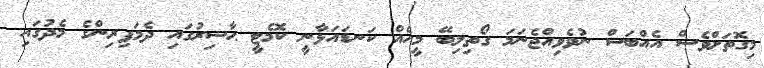
މިގޮތަށްވެސް އެއްބަސް ނުވެވިއްޖެނަމަ ގޯތިލިބޭ މީހެއް ކަނޑައަޅާނީ ކޮމެޓީ ޙާޟިރުގައި ދެމަފިރިންގެ މެދުގައި